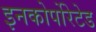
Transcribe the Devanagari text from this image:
इनकोर्पोरेटेड